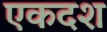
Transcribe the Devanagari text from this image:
एकदश